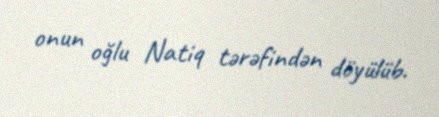
onun oğlu Natiq tərəfindən döyülüb.